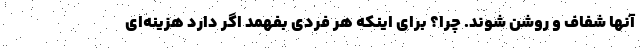
آنها شفاف و روشن شوند. چرا؟ برای اینکه هر فردی بفهمد اگر دارد هزینه‌ای